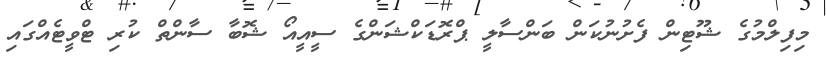
މިފިލްމުގެ ޝޫޓިން ފެށުނުކަން ބަންސާލީ ޕްރޮޑަކްޝަންގެ ސީއީއޯ ޝޮބާ ސާންތް ކުރި ޓްވީޓެއްގައި